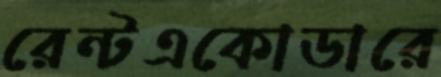
রেন্টএকোডারে